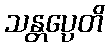
သန္တပ္ပေတိ